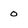
Character: o